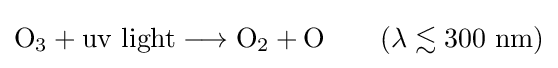
\mathrm {O_{3}+uv~light\longrightarrow O_{2}+O} \qquad (\lambda \lesssim 300~{\text{nm}})